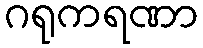
ဂရုကရဏာ